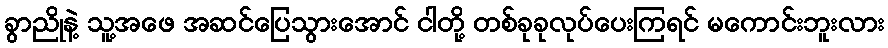
ခွာညိုနဲ့ သူ့အဖေ အဆင်ပြေသွားအောင် ငါတို့ တစ်ခုခုလုပ်ပေးကြရင် မကောင်းဘူးလား